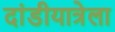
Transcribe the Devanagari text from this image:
दांडीयात्रेला